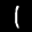
Label: 1